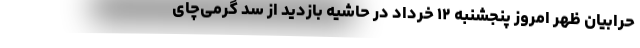
حرابیان ظهر امروز پنجشنبه ۱۲ خرداد در حاشیه بازدید از سد گرمی‌چای